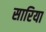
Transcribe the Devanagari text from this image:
सारिया